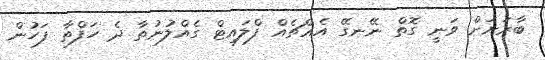
ބާރަށަށް ވަނީ ގޮތް ނޭނގޭ އެއްޗެއް ފްލައިޓް ގެއްލުނުތާ ދެ ހަފްތާ ފަހުން